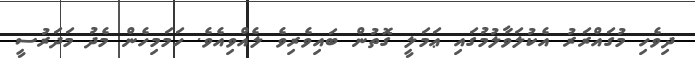
ދިވެހި މުގައްރަރު އެކުލަވާލުމުގައި ޢަމަލީ ގޮތުން ބައިވެރިވެ ލެއްވިއެވެ. ހަމަމިހެން މެދު މަދަރުސީ